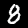
Digit: 8